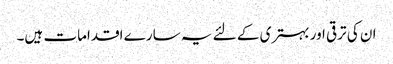
ان کی ترقی اور بہتری کے لئے یہ سارے اقدامات ہیں۔